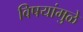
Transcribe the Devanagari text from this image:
विषयांमुळे